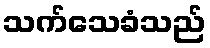
သက်သေခံသည်